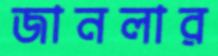
জানলার